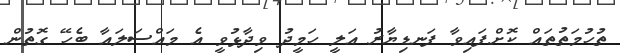
ތުހުމަތުތައް ކޮށްފައިވާ ފަނޑިޔާރު އަލީ ހަމީދު ވިދާޅުވީ އެ މައްސަލައާ ބެހޭ ގޮތުން